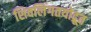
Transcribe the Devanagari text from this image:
शिवलिंगतयोद्रूत